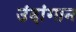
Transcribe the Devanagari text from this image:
उंदांगान